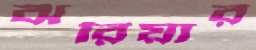
ঝরিয়ার